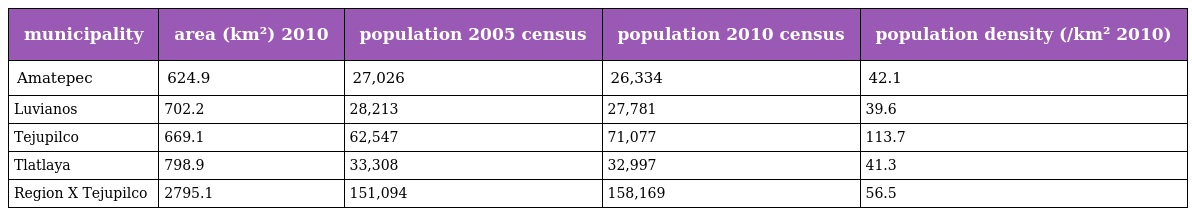
| municipality | area (km²) 2010 | population 2005 census | population 2010 census | population density (/km² 2010) |
 | --- | --- | --- | --- | --- |
 | Amatepec | 624.9 | 27,026 | 26,334 | 42.1 |
 | Luvianos | 702.2 | 28,213 | 27,781 | 39.6 |
 | Tejupilco | 669.1 | 62,547 | 71,077 | 113.7 |
 | Tlatlaya | 798.9 | 33,308 | 32,997 | 41.3 |
 | Region X Tejupilco | 2795.1 | 151,094 | 158,169 | 56.5 |